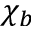
\chi _ { b }